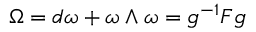
\Omega = d \omega + \omega \wedge \omega = g ^ { - 1 } F g